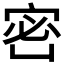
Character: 𡨑